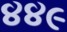
૪૪૯